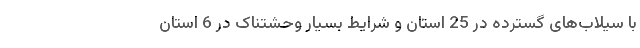
با سیلاب‌های گسترده در 25 استان و شرایط بسیار وحشتناک در 6 استان